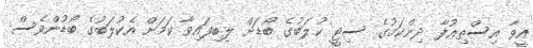
އީވާ އިސްތިޢުފާ ދިންކަމުގެ ސިޓީ ކުލަބުގެ ބޯޑަށް ލިބިފައިވާ ކަަމަށް އެކުލަބުގެ ބޯޑުންވެސް